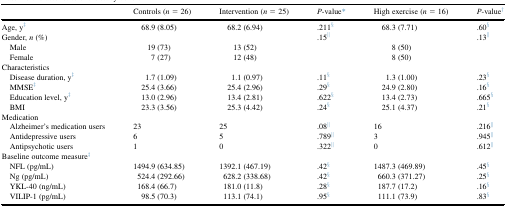
<table><thead><tr><td></td><td><b>Controls (<i>n</i> = 26)</b></td><td><b>Intervention (<i>n</i> = 25)</b></td><td><b><i>P</i>-value∗</b></td><td><b>High exercise (<i>n</i> = 16)</b></td><td><b><i>P</i>-value†</b></td></tr></thead><tbody><tr><td>Age, y‡</td><td>68.9 (8.05)</td><td>68.2 (6.94)</td><td>.211§</td><td>68.3 (7.71)</td><td>.60§</td></tr><tr><td>Gender, <i>n</i> (%)</td><td></td><td></td><td>.15‖</td><td></td><td>.13‖</td></tr><tr><td> Male</td><td>19 (73)</td><td>13 (52)</td><td></td><td>8 (50)</td><td></td></tr><tr><td> Female</td><td>7 (27)</td><td>12 (48)</td><td></td><td>8 (50)</td><td></td></tr><tr><td>Characteristics</td><td></td><td></td><td></td><td></td><td></td></tr><tr><td> Disease duration, y‡</td><td>1.7 (1.09)</td><td>1.1 (0.97)</td><td>.11§</td><td>1.3 (1.00)</td><td>.23§</td></tr><tr><td> MMSE‡</td><td>25.4 (3.66)</td><td>25.4 (2.96)</td><td>.29§</td><td>24.9 (2.80)</td><td>.16§</td></tr><tr><td> Education level, y‡</td><td>13.0 (2.96)</td><td>13.4 (2.81)</td><td>.622§</td><td>13.4 (2.73)</td><td>.665§</td></tr><tr><td> BMI</td><td>23.3 (3.56)</td><td>25.3 (4.42)</td><td>.24§</td><td>25.1 (4.37)</td><td>.21§</td></tr><tr><td>Medication</td><td></td><td></td><td></td><td></td><td></td></tr><tr><td> Alzheimer&#x27;s medication users</td><td>23</td><td>25</td><td>.08‖</td><td>16</td><td>.216‖</td></tr><tr><td> Antidepressive users</td><td>6</td><td>5</td><td>.789‖</td><td>3</td><td>.945‖</td></tr><tr><td> Antipsychotic users</td><td>1</td><td>0</td><td>.322‖</td><td>0</td><td>.612‖</td></tr><tr><td>Baseline outcome measure‡</td><td></td><td></td><td></td><td></td><td></td></tr><tr><td> NFL (pg/mL)</td><td>1494.9 (634.85)</td><td>1392.1 (467.19)</td><td>.42§</td><td>1487.3 (469.89)</td><td>.45§</td></tr><tr><td> Ng (pg/mL)</td><td>524.4 (292.66)</td><td>628.2 (338.68)</td><td>.42§</td><td>660.3 (371.27)</td><td>.25§</td></tr><tr><td> YKL-40 (ng/mL)</td><td>168.4 (66.7)</td><td>181.0 (11.8)</td><td>.28§</td><td>187.7 (17.2)</td><td>.16§</td></tr><tr><td> VILIP-1 (pg/mL)</td><td>98.5 (70.3)</td><td>113.1 (74.1)</td><td>.95§</td><td>111.1 (73.9)</td><td>.83§</td></tr></tbody></table>